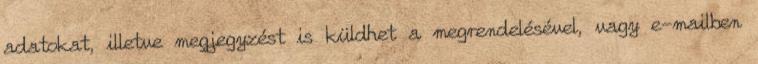
adatokat, illetve megjegyzést is küldhet a megrendelésével, vagy e-mailben